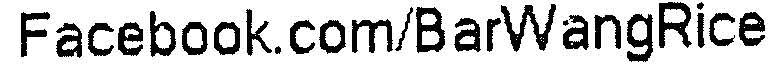
FACEBOOK.COM/BARWANGRICE